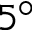
5 ^ { \circ }